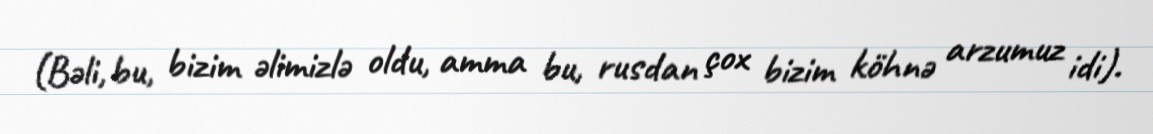
(Bəli, bu, bizim əlimizlə oldu, amma bu, rusdan çox bizim köhnə arzumuz idi).